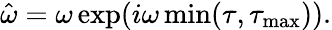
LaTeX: \hat{\omega}=\omega\exp(i\omega\operatorname*{min}(\tau,\tau_{\mathrm{max}})).